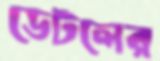
ডেটলের